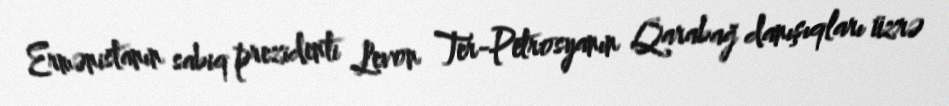
Ermənistanın sabiq prezidenti Levon Ter-Petrosyanın Qarabağ danışıqları üzrə